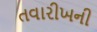
તવારીખની